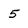
Character: 5